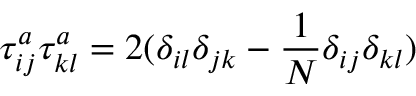
\tau _ { i j } ^ { a } \tau _ { k l } ^ { a } = 2 ( \delta _ { i l } \delta _ { j k } - \frac { 1 } { N } \delta _ { i j } \delta _ { k l } )